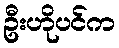
ဦးဟိုပင်က